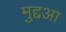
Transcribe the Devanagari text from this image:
मुद्दआ